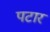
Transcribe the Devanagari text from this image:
पटार